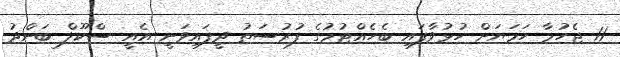
11 ޖެހުމާ ހަމަޔަށް ހުޅުވާފައި ބެހެއްޓުމުގެ ފުރުސަތު ދީފައިވަނީ އެއީ ސްކޫލް ބަންދު